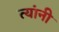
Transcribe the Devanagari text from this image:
त्यांनी